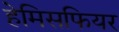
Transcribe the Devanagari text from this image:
हेमिसफियर